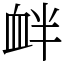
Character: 衅